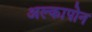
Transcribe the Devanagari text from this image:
अल्कापोन